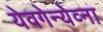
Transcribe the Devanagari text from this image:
येवगेन्येव्ना